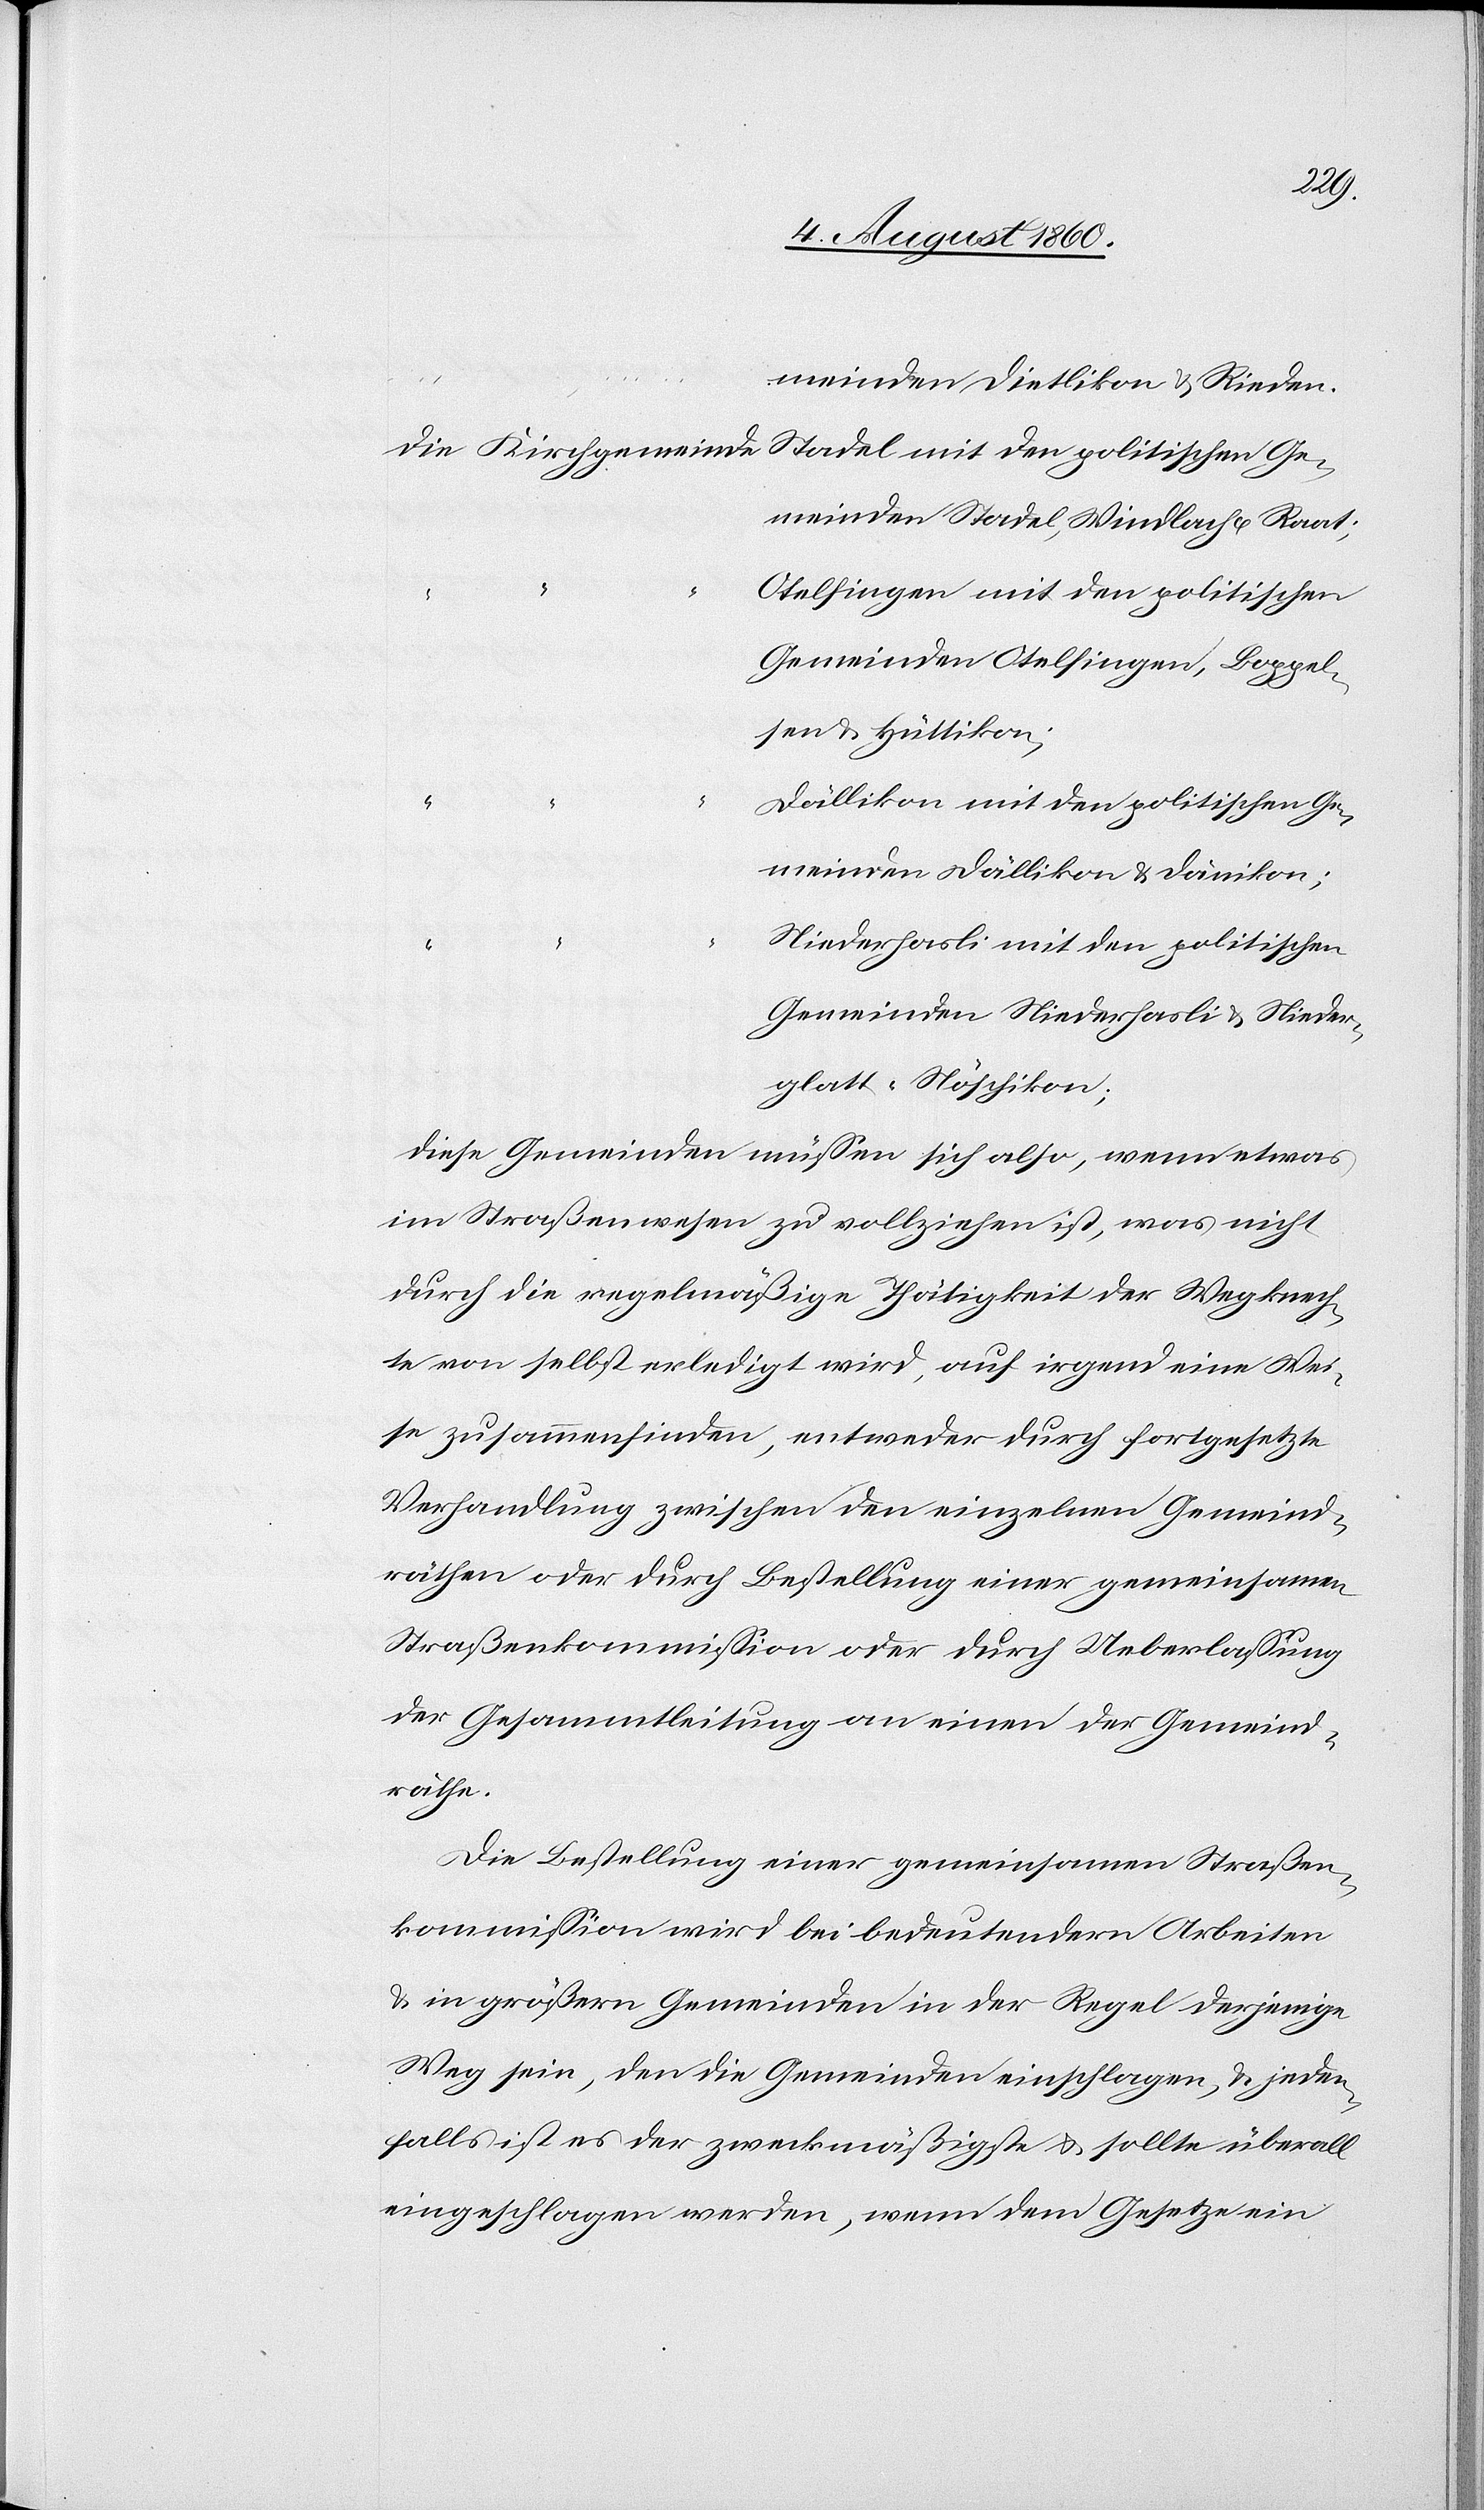
Stadel mit den politischen Ge¬
meinden Stadel, Windlach u. Raat;
Otelfingen mit den politischen
Gemeinden Otelfingen, Boppel¬
sen u. Hüttikon;
u.
Dällikon mit den politischen Ge¬
meinden Dällikon u. Dänikon;
Niederhasli mit den politischen
Gemeinden Niederhasli u. Nieder¬
glatt-Nöschikon;
Diese Gemeinden müssen sich also, wenn etwas
im Strassenwesen zu vollziehen ist, was nicht
durch die regelmässige Thätigkeit der Wegknech¬
te von selbst erledigt wird, auf irgend eine Wei¬
se zusammenfinden, entweder durch fortgesetzte
Verhandlung zwischen den einzelnen Gemeinde¬
räthen oder durch Bestellung einer gemeinsamen
Strassenkommission oder durch Ueberlassung
der Gesammtleitung an einen der Gemeind¬
räthe.
Die Bestellung einer gemeinsamen Strassen¬
kommission wird bei bedeutendern Arbeiten
u. in grössern Gemeinden in der Regel derjenige
Weg sein, den die Gemeinden einschlagen u. jeden¬
falls ist es der zweckmässigste und sollte überall
eingeschlagen werden, wenn dem Gesetze ein